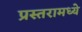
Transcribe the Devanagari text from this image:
प्रस्तरामध्ये